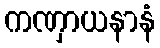
ကဏှာယနာနံ